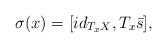
LaTeX: \begin{align*}\sigma(x)=[id_{T_xX},T_x\bar s],\end{align*}